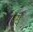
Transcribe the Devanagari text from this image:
ध्रो